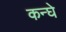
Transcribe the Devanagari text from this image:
कन्घे